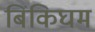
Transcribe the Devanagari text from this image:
बिंकिघम